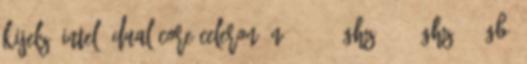
kijelző Intel® Dual-Core Celeron® N3060 1,6GHz - 2,48GHz , 4GB,